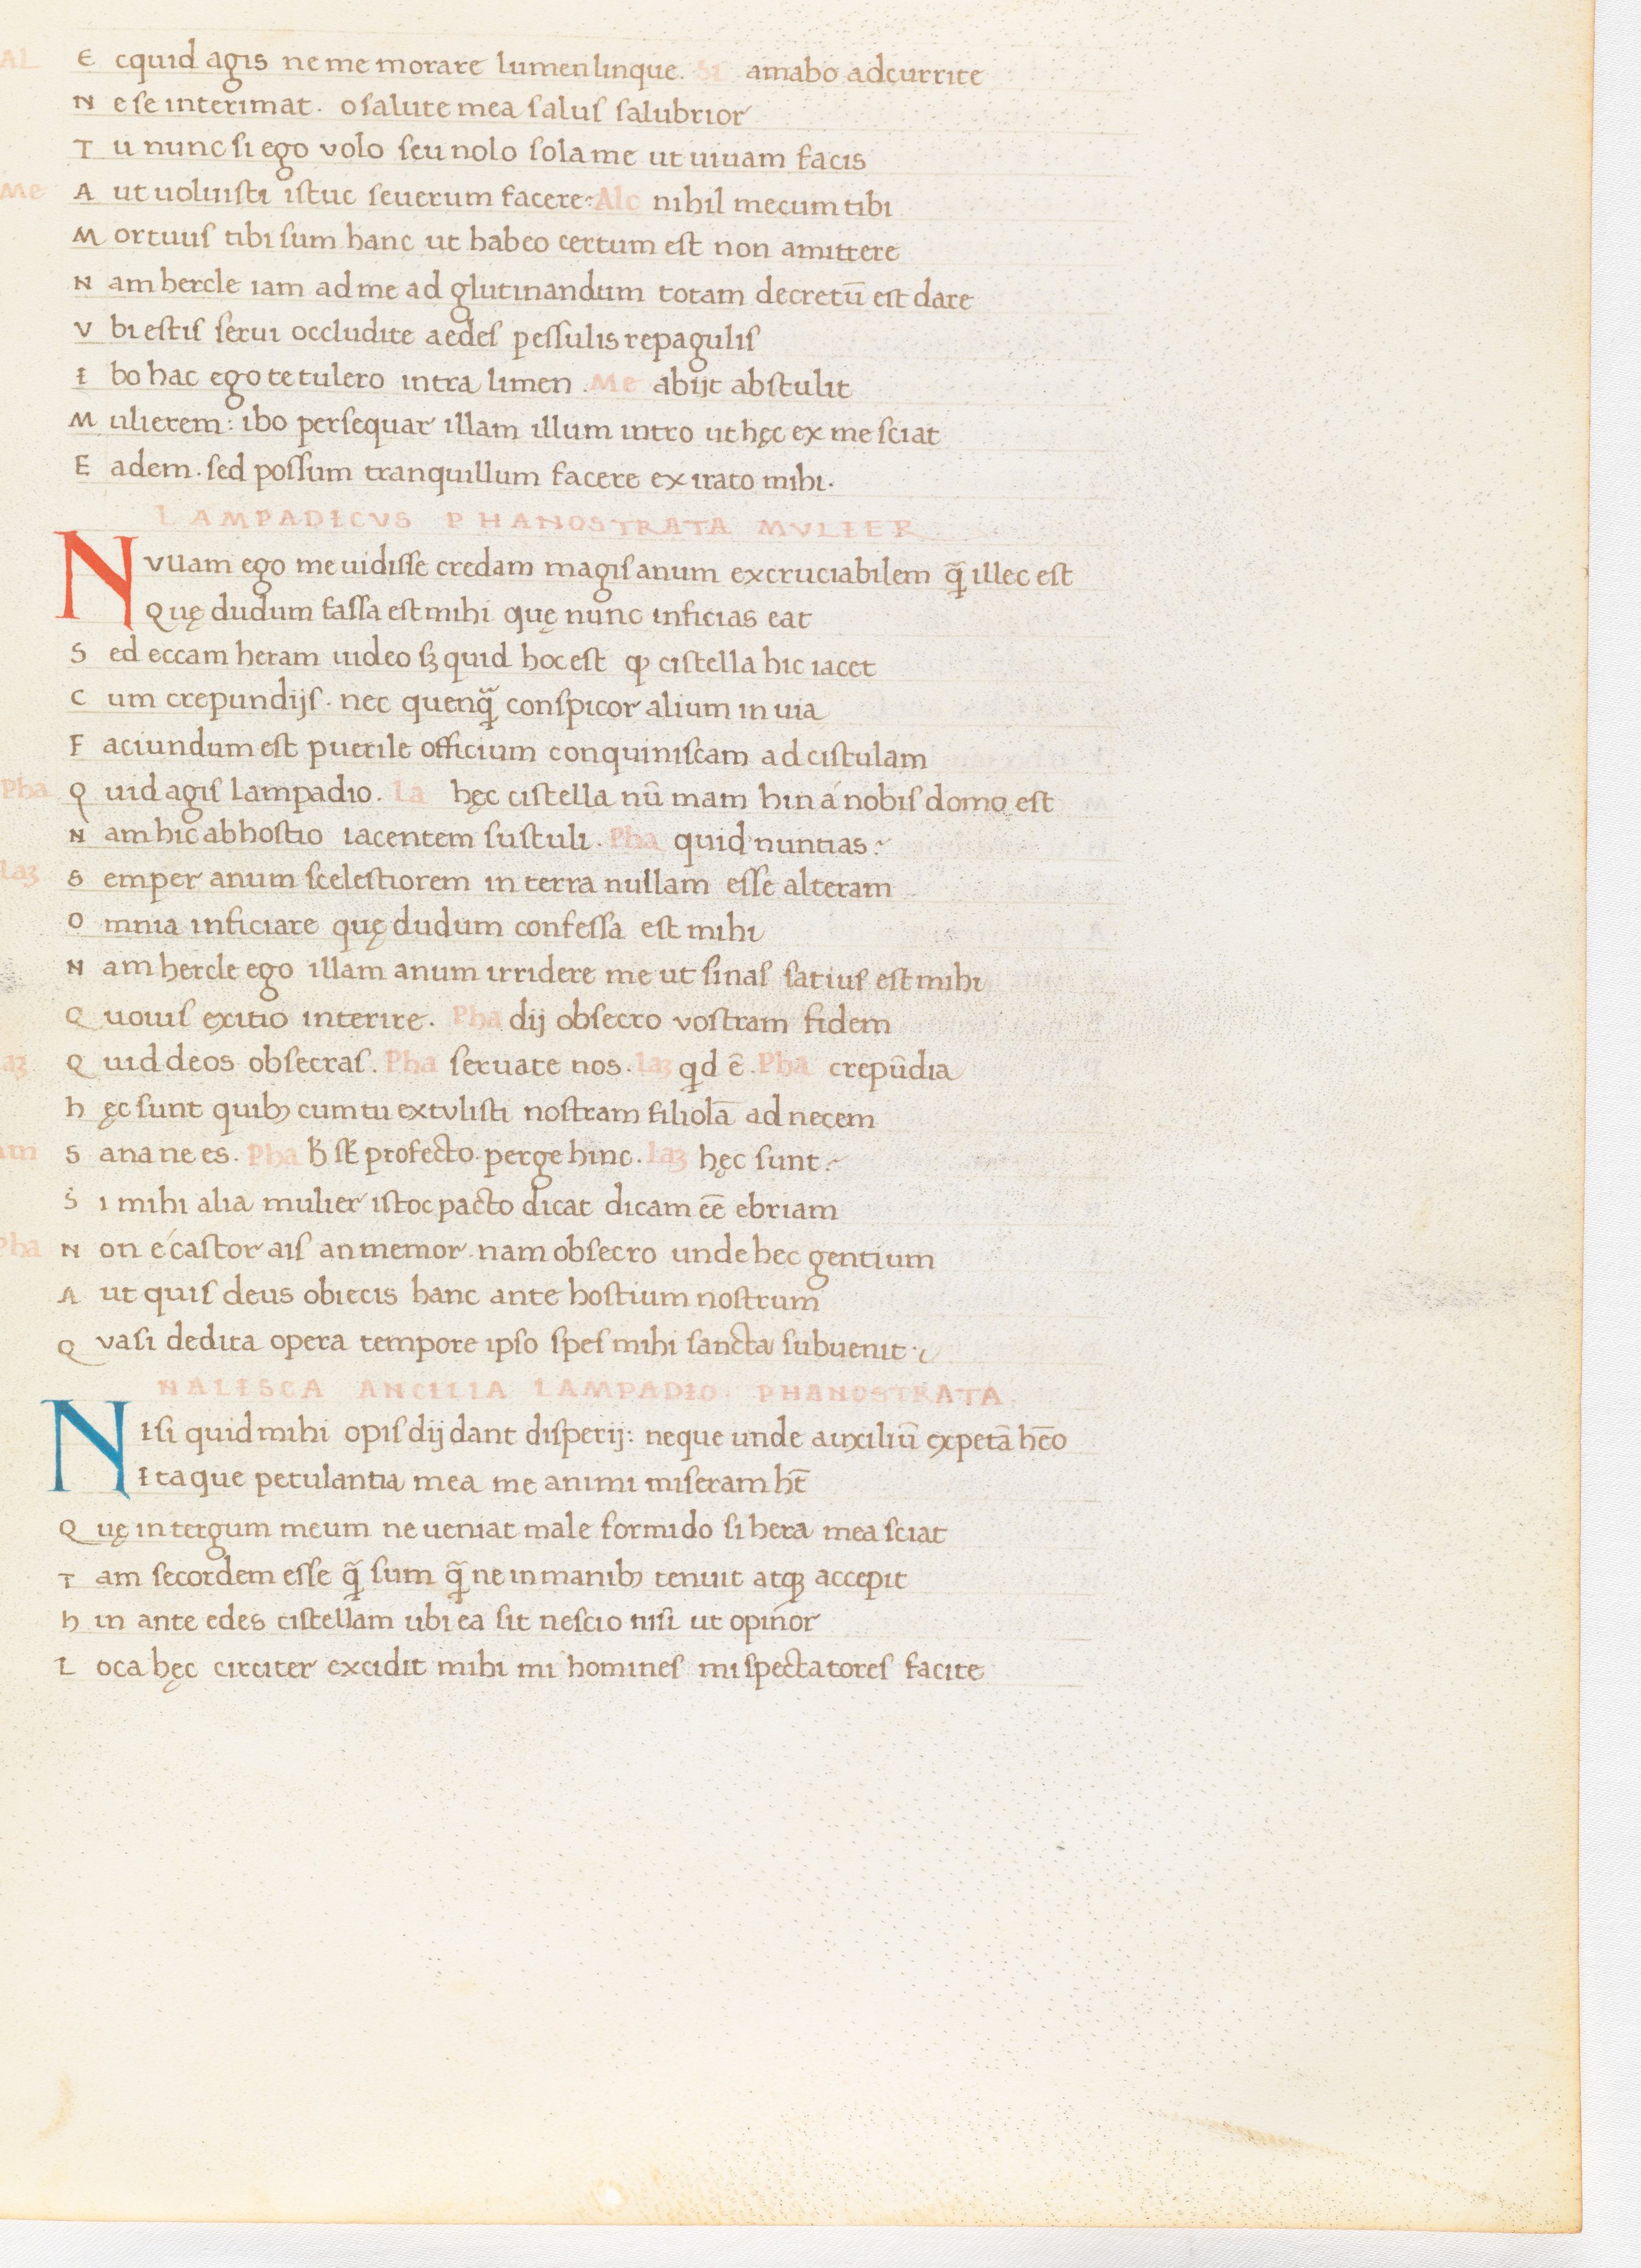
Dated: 1400–1499